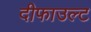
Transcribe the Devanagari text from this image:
दीफाउल्ट